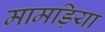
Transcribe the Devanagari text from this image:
मामड़िया